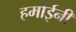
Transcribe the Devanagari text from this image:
हर्माईनी